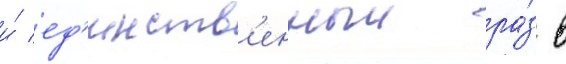
и́ ед'инств'енныи ра́з в